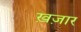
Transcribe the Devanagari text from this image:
ख़ज़ार